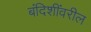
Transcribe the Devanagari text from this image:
बंदिशींवरील